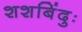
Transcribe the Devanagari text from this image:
शशबिंदुः